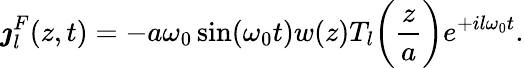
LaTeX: \boldsymbol{\jmath}_{l}^{F}(z,t)=-a\omega_{0}\sin(\omega_{0}t)w(z)T_{l}\bigg(\frac{z}{a}\bigg)e^{+il\omega_{0}t}.